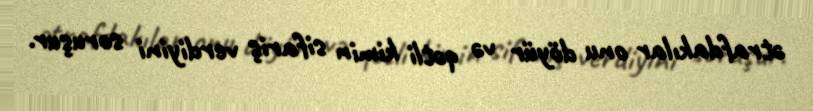
ətrafdakılar onu döyür və qətli kimin sifariş verdiyini soruşur.